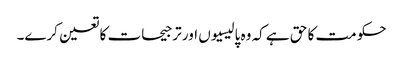
حکومت کا حق ہے کہ وہ پالیسیوں اور ترجیحات کا تعین کرے۔